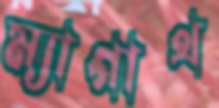
ম্যাগাথ